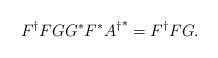
\begin{align*}F^{\dagger}FGG^*F^*{A^{\dagger}}^*=F^{\dagger}FG.\end{align*}